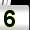
Digit: 5